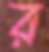
র